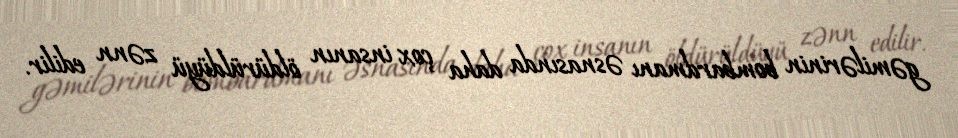
gəmilərinin bombardmanı əsnasında daha çox insanın öldürüldüyü zənn edilir.